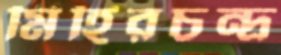
মিহিরচন্দ্র